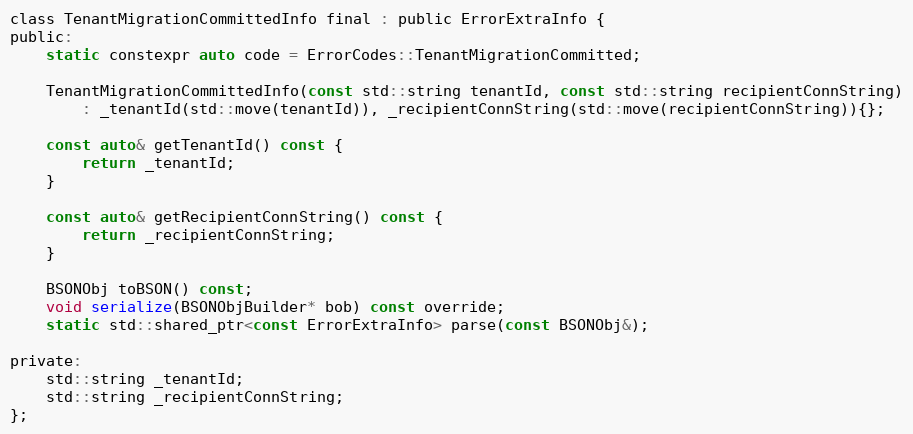
Language: C
class TenantMigrationCommittedInfo final : public ErrorExtraInfo {
public:
    static constexpr auto code = ErrorCodes::TenantMigrationCommitted;

    TenantMigrationCommittedInfo(const std::string tenantId, const std::string recipientConnString)
        : _tenantId(std::move(tenantId)), _recipientConnString(std::move(recipientConnString)){};

    const auto& getTenantId() const {
        return _tenantId;
    }

    const auto& getRecipientConnString() const {
        return _recipientConnString;
    }

    BSONObj toBSON() const;
    void serialize(BSONObjBuilder* bob) const override;
    static std::shared_ptr<const ErrorExtraInfo> parse(const BSONObj&);

private:
    std::string _tenantId;
    std::string _recipientConnString;
};